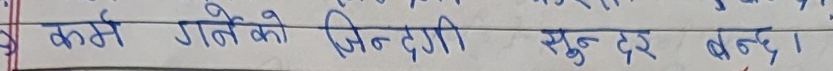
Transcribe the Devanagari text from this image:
कर्म गर्नेको जिन्दगी सुन्दर बन्छ ।